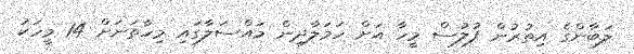
ލަބާންގެ އިތުރުން ފުލުސް މީހާ އަށް ހަމަލާދިން މައްސަލާގައި މިހާތަނަށް 14 މީހަކު